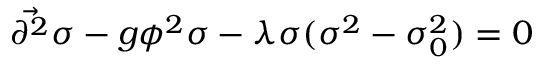
{ \vec { \partial ^ { 2 } } } \sigma - g \phi ^ { 2 } \sigma - \lambda \sigma ( \sigma ^ { 2 } - \sigma _ { 0 } ^ { 2 } ) = 0